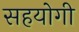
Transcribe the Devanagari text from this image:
सहयाेगी